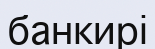
банкирі